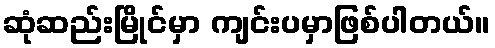
ဆုံဆည်းမြိုင်မှာ ကျင်းပမှာဖြစ်ပါတယ်။